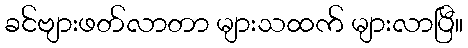
ခင်ဗျားဖတ်လာတာ များသထက် များလာပြီ။